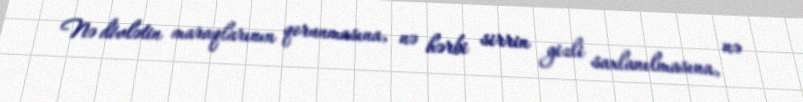
Nə dövlətin maraqlarının qorunmasına, nə hərbi sirrin gizli saxlanılmasına, nə